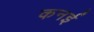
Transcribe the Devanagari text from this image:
कनई